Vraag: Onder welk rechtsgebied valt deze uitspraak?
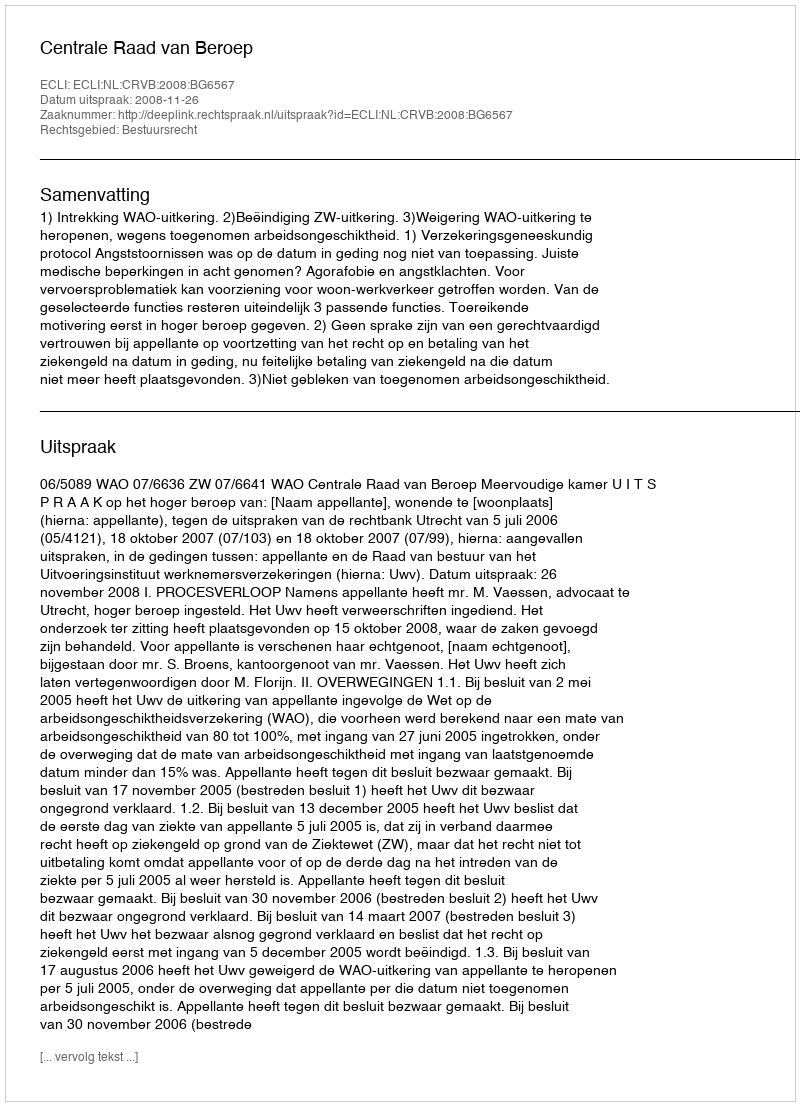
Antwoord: Bestuursrecht